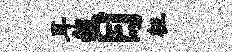
耳赧目枉